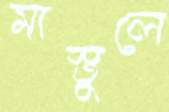
মাস্তুলে